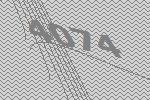
4074